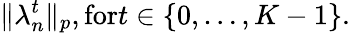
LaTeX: \| \lambda_{n}^{t}\| _{p},\textrm{for}t\in\{ 0,\ldots,K-1\} .